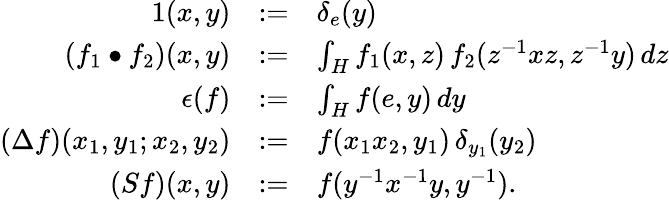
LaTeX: \begin{array}{rcl}{{1(x,y)}}&{{:=}}&{{\delta_{e}(y)}}\\ {{(f_{1}\bullet f_{2})(x,y)}}&{{:=}}&{{\int_{H}f_{1}(x,z)\, f_{2}(z^{-1}xz,z^{-1}y)\, dz}}\\ {{\epsilon(f)}}&{{:=}}&{{\int_{H}f(e,y)\, dy}}\\ {{(\Delta f)(x_{1},y_{1};x_{2},y_{2})}}&{{:=}}&{{f(x_{1}x_{2},y_{1})\, \delta_{y_{1}}(y_{2})}}\\ {{(Sf)(x,y)}}&{{:=}}&{{f(y^{-1}x^{-1}y,y^{-1}).}}\end{array}